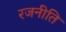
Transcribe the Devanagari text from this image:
रजनीति